Vaccination Hyderabad 1872-1889 - 1872-1889
Year: 1872
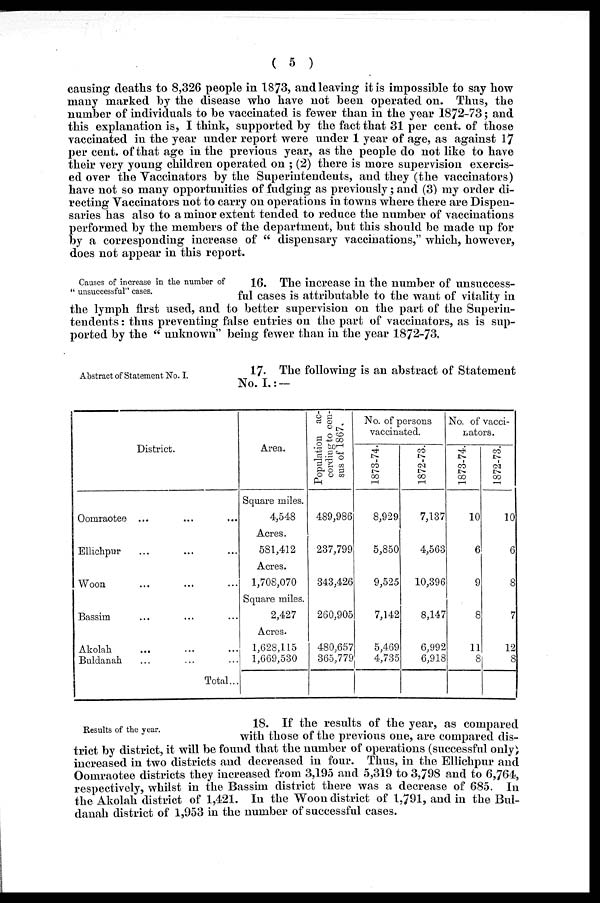
( 5 )
causing deaths to 8,326 people in 1873, and leaving it is impossible to say how
many marked by the disease who have not been operated on. Thus, the
number of individuals to be vaccinated is fewer than in the year 1872-73; and
this explanation is, I think, supported by the fact that 31 per cent. of those
vaccinated in the year under report were under 1 year of age, as against 17
per cent. of that age in the previous year, as the people do not like to have
their very young children operated on ; (2) there is more supervision exercis-
ed over the Vaccinators by the Superintendents, and they (the vaccinators)
have not so many opportunities of fudging as previously; and (3) my order di-
recting Vaccinators not to carry on operations in towns where there are Dispen-
saries has also to a minor extent tended to reduce the number of vaccinations
performed by the members of the department, but this should be made up for
by a corresponding increase of " dispensary vaccinations," which, however,
does not appear in this report.
Causes of increase in the number of
" unsuccessful" cases.
16. The increase in the number of unsuccess-
ful cases is attributable to the want of vitality in
the lymph first used, and to better supervision on the part of the Superin-
tendents : thus preventing false entries on the part of vaccinators, as is sup-
ported by the " unknown" being fewer than in the year 1872-73.
Abstract of Statement No. I.
17. The following is an abstract of Statement
No. I.:-
District.
Oomraotee ... ... ...
Ellichpur ... ... ...
Woon ... ... ...
Bassim ... ... ...
Akolah ... ... ...
Buldanah ... ... ...
Total...
Area.
Square miles.
4,548
Acres.
581,412
Acres.
1,708,070
Square miles.
2,427
Acres.
1,628,115
1,669,530
Population ac-
cording to cen-
sus of 1867.
489,986
237,799
343,426
260,905
480,657
365,779
No. of persons
vaccinated.
1873-74.
8,929
5,850
9,525
7,142
5,469
4,735
1872-73.
7,137
4,563
10,396
8,147
6,992
6,918
No. of vacci-
nators.
1873-74.
10
6
9
8
11
8
1872-73.
10
6
8
7
12
8
Results of the year.
18. If the results of the year, as compared
with those of the previous one, are compared dis-
trict by district, it will be found that the number of operations (successful only)
increased in two districts and decreased in four. Thus, in the Ellichpur and
Oomraotee districts they increased from 3,195 and 5,319 to 3,798 and to 6,764,
respectively, whilst in the Bassim district there was a decrease of 685. In
the Akolah district of 1,421. In the Woon district of 1,791, and in the Bul-
danah district of 1,953 in the number of successful cases.